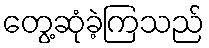
တွေ့ဆုံခဲ့ကြသည်